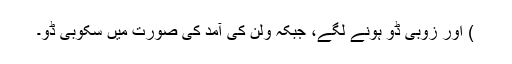
) اور زوبی ڈُو ہونے لگے، جبکہ ولن کی آمد کی صورت میں سکُوبی ڈو۔